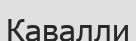
Кавалли